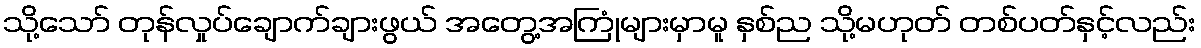
သို့သော် တုန်လှုပ်ချောက်ချားဖွယ် အတွေ့အကြုံများမှာမူ နှစ်ည သို့မဟုတ် တစ်ပတ်နှင့်လည်း